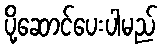
ပို့ဆောင်ပေးပါမည်